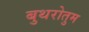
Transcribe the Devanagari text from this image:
बुथरोतुम